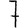
Digit: 7